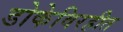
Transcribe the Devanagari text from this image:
डोकेविरहीत